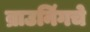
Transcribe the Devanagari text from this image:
ब्राउनिंगचे